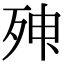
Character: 𣨃